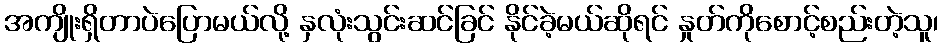
အကျိုးရှိတာပဲပြောမယ်လို့ နှလုံးသွင်းဆင်ခြင် နိုင်ခဲ့မယ်ဆိုရင် နှုတ်ကိုစောင့်စည်းတဲ့သူ၊